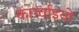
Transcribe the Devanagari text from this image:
कार्य्वाइयों